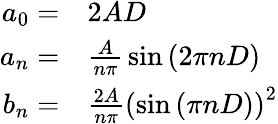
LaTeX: \begin{array}{rl}{a_{0}=}&{{}2AD}\\ {a_{n}=}&{{}{\frac{A}{n\pi}}\sin\left(2\pi nD\right)}\\ {b_{n}=}&{{}{\frac{2A}{n\pi}}\left(\sin\left(\pi nD\right)\right)^{2}}\end{array}